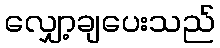
လျှော့ချပေးသည်